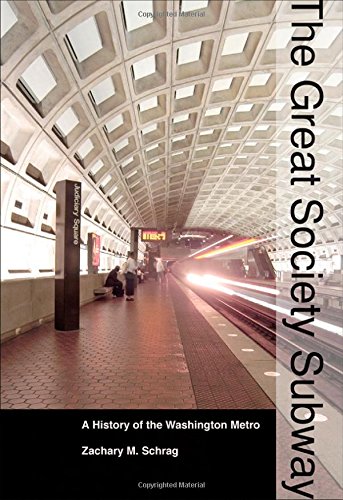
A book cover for The Great Society Subway: A History of the Washington Metro (Creating the North American Landscape); Zachary M. Schrag; Engineering & Transportation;